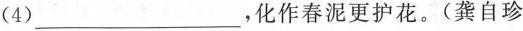
(4)___，化作春泥更护花。(龚自珍